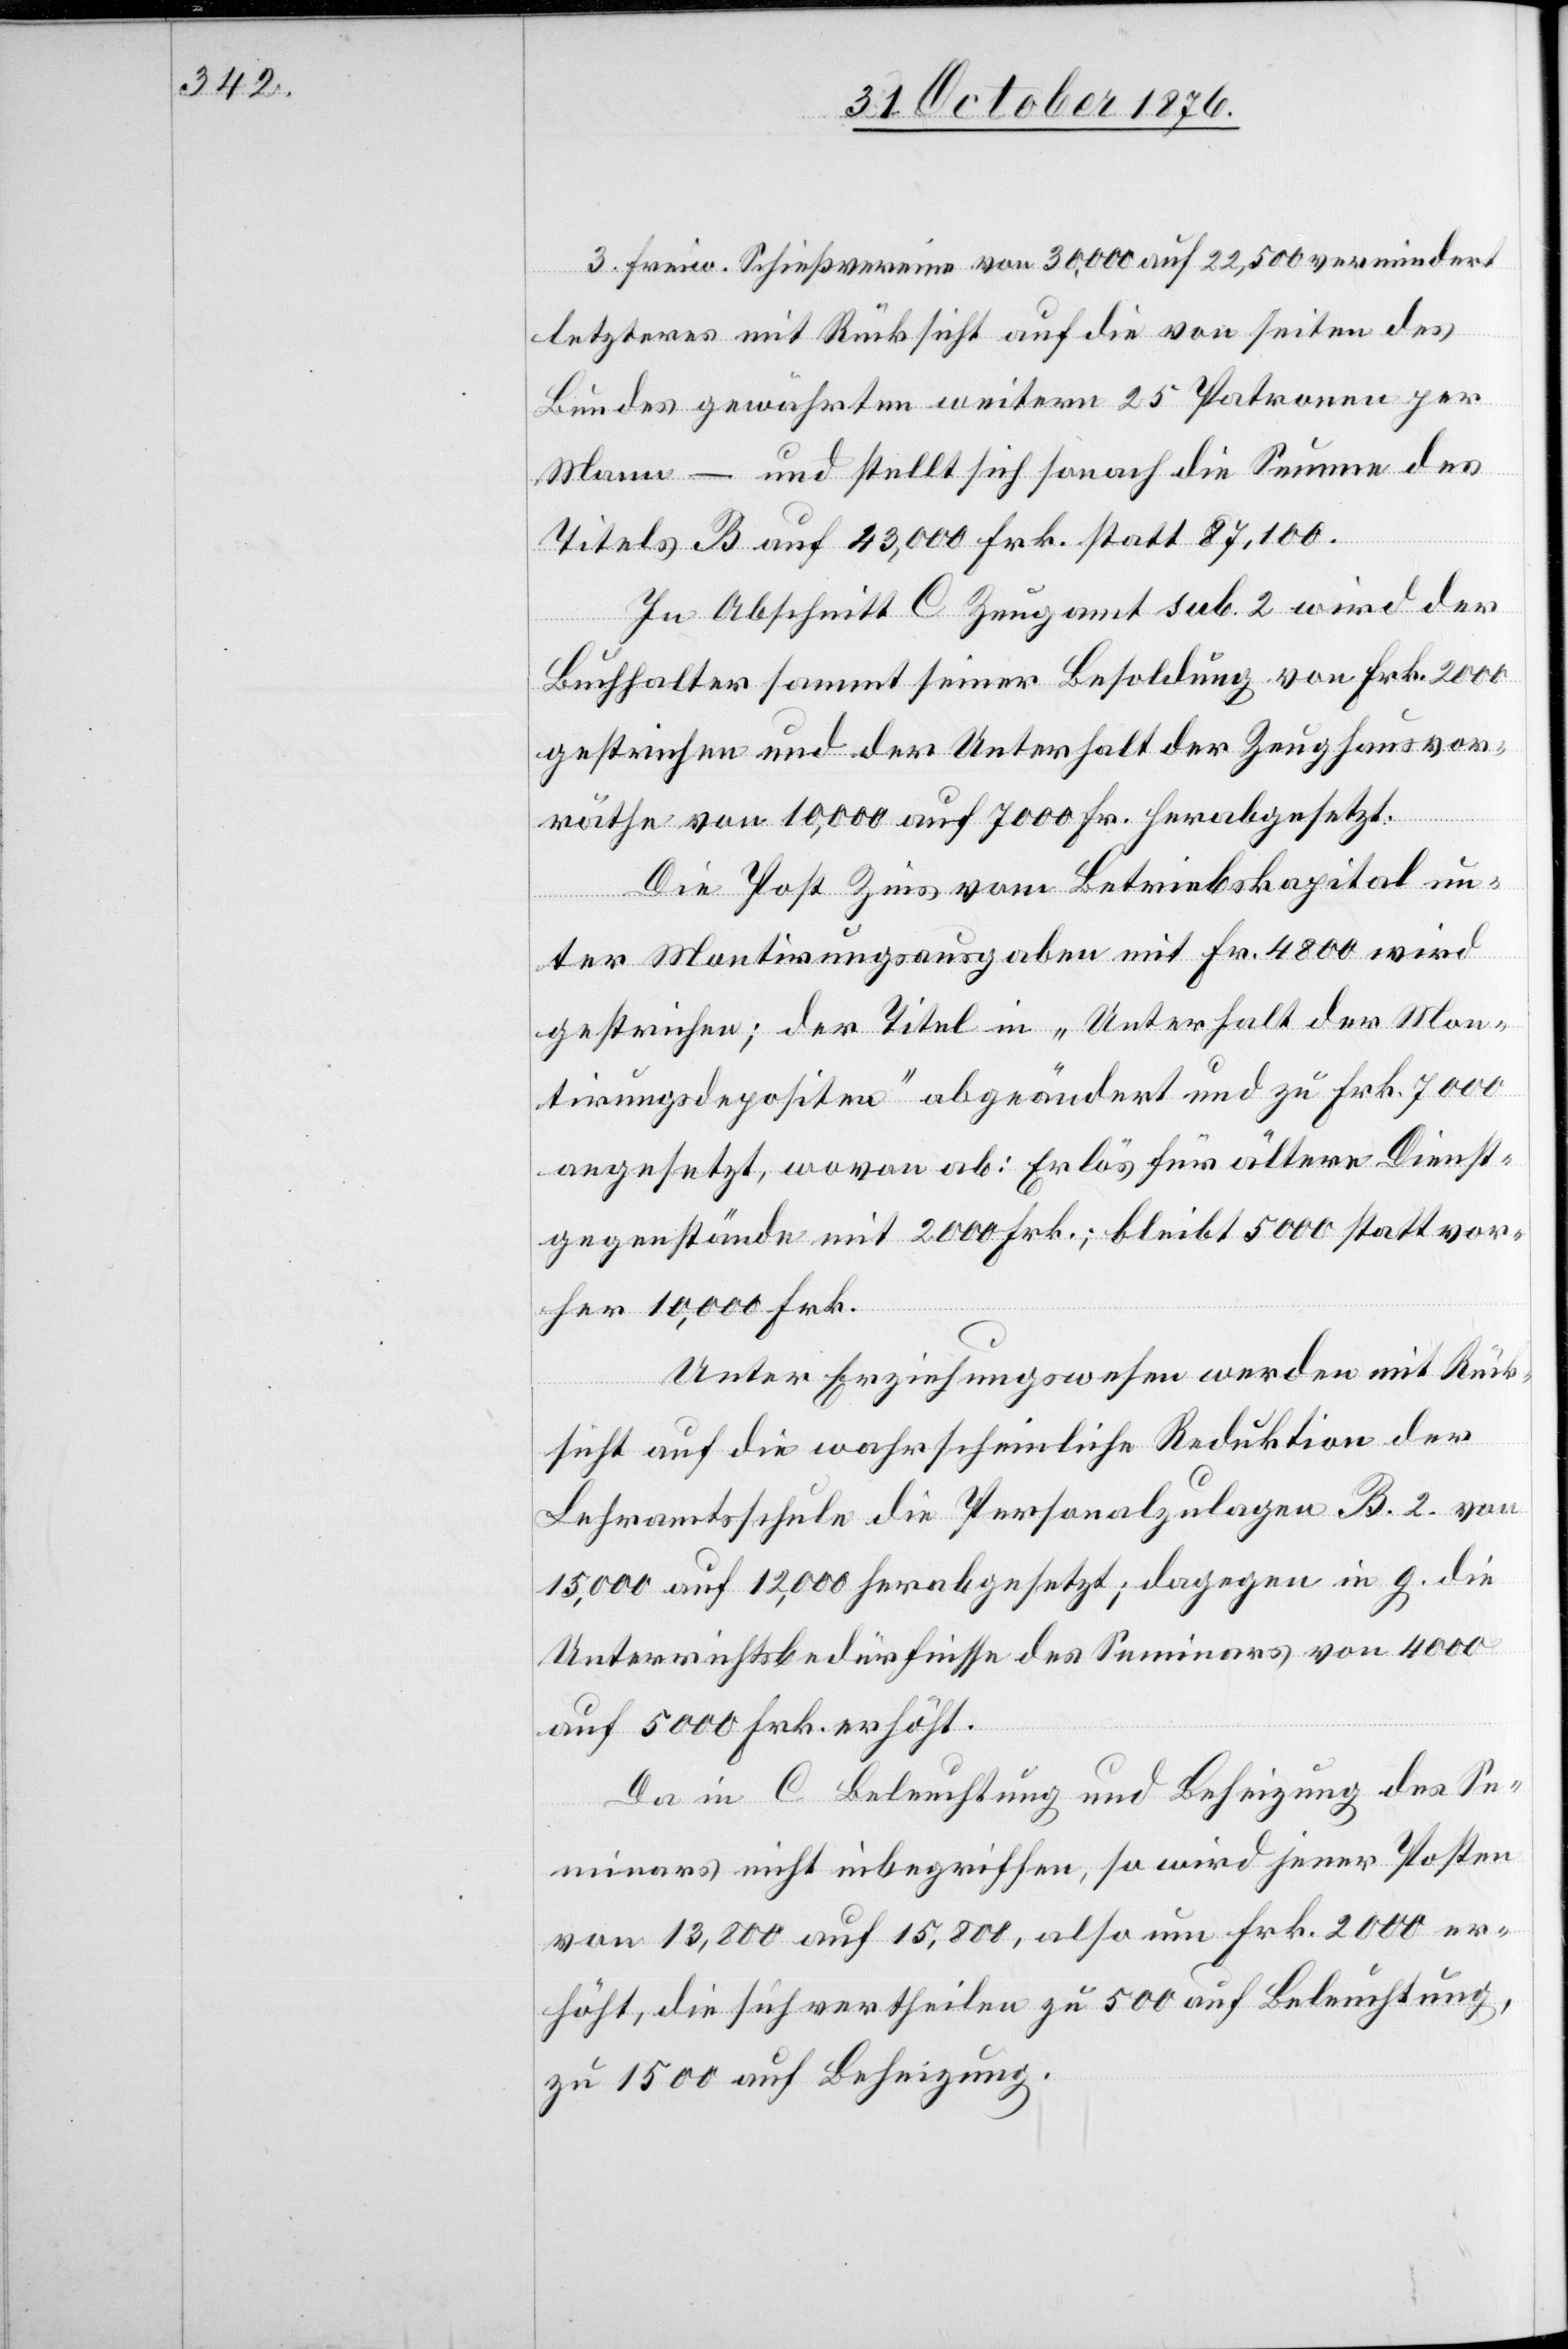
3.
letzteres mit Rücksicht auf die von Seiten des
Bundes gewährten weitern 25 Patronen per
Mann – und stellt sich sonach die Summe des
Titels B auf 43,000 Frk. statt 87,100.
In Abschnitt C Zeugamt sub. 2 wird der
Buchhalter sammt seiner Besoldung von Frk. 2000
gestrichen und der Unterhalt der Zeughausvor¬
räthe von 10,000 auf 7000 Fr. herabgesetzt.
Die Post Zins vom Betriebskapital un¬
ter Montirungsausgaben mit Fr. 4800 wird
gestrichen; der Titel in „Unterhalt der Mon¬
tirungsdepositen“ abgeändert und zu Frk. 7000
angesetzt, wovon ab: Erlös für ältere Dienst¬
gegenstände mit 2000 Frk.; bleibt 5000 statt vor¬
her 10,000 Frk.
Unter Erziehungswesen werden mit Rück¬
sicht auf die wahrscheinliche Reduktion der
Lehramtsschule die Personalzulagen B. 2. von
15,000 auf 12,000 herabgesetzt; dagegen in g. die
Unterrichtsbedürfnisse des Seminars von 4000
auf 5000 Frk. erhöht.
Da in C Beleuchtung und Beheizung des Se¬
minars nicht inbegriffen, so wird jener Posten
von 13,800 auf 15,800, also um Frk. 2000 er¬
höht, die sich vertheilen zu 500 auf Beleuchtung,
zu 1500 auf Beheizung.